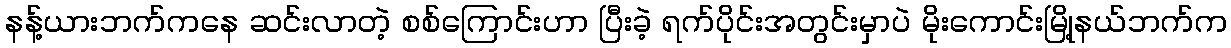
နန့်ယားဘက်ကနေ ဆင်းလာတဲ့ စစ်ကြောင်းဟာ ပြီးခဲ့ ရက်ပိုင်းအတွင်းမှာပဲ မိုးကောင်းမြို့နယ်ဘက်က